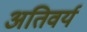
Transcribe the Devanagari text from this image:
अतिवर्य